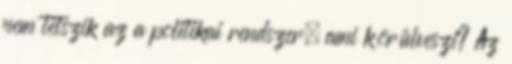
nem tetszik az a politikai rendszer, ami körülveszi? Az